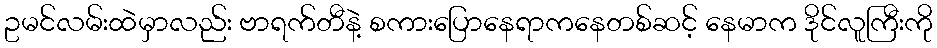
ဥမင်လမ်းထဲမှာလည်း ဗာရက်တီနဲ့ စကားပြောနေရာကနေတစ်ဆင့် နေမာက ဒိုင်လူကြီးကို